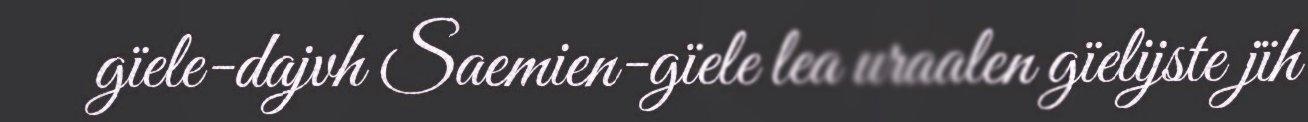
gïele-dajvh Saemien-gïele lea uraalen gïelijste jïh